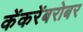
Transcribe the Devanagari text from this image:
केंकरेंबरोबर